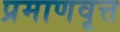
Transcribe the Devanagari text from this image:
प्रमाणवृत्त